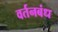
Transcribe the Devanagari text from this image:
वर्तनबंध